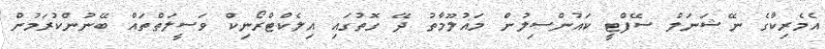
އެމެރިކާގެ ނޭޝަނަލް ސޭފްޓީ ކައުންސިލުން މައުލޫމާތު ދޭ ގޮތުގައި އިލެކްޓްރޯނިކް ވަސީލަތްތައް ބޭނުންކުރަމުން